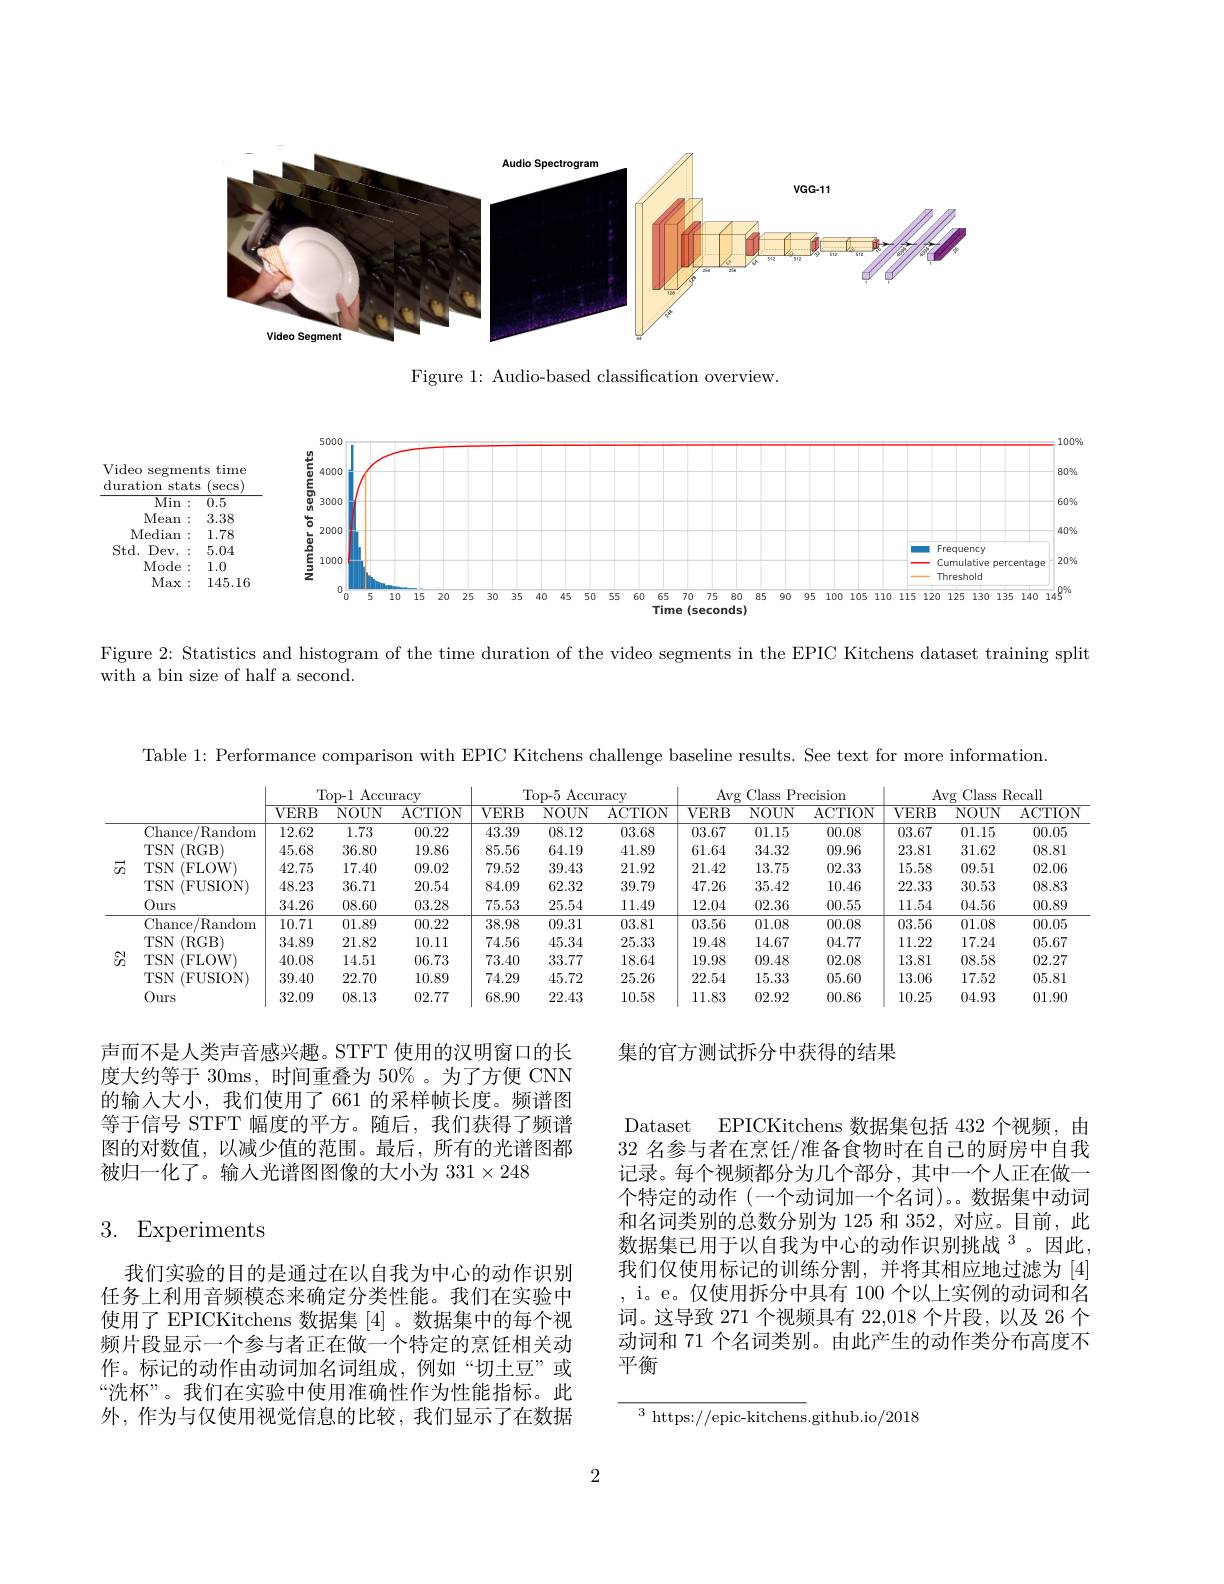
<FigureHere>

Figure 1: Audio-based classification overview.

<FigureHere>

Figure 2: Statistics and histogram of the time duration of the video segments in the EPIC Kitchens dataset training split

with a bin size of half a second.

Table 1: Performance comparison with EPIC Kitchens challenge baseline results. See text for more information.

<table>
	<tbody>
		<tr>
			<th> </th>
			<th> </th>
			<th colspan="3">Top- 1 $\operatorname{Accuracy}$</th>
			<th colspan="2">Top- 5 5 Accuracy</th>
			<th>$Av$</th>
			<th colspan="2">Avg Class Precision</th>
			<th colspan="3">Avg Class Recall</th>
		</tr>
		<tr>
			<th> </th>
			<th> </th>
			<th>$\overline{VERB}$</th>
			<th>NOUN</th>
			<th>CTION</th>
			<th>$B$ $\overline{\mathrm{NOU}}$</th>
			<th>ACTION</th>
			<th>$\overline{\mathrm{VERB}}$</th>
			<th>$\overline{\mathrm{NOUN}}$</th>
			<th>ACTION</th>
			<th>VERB</th>
			<th>$\overline{{\mathrm{NOUN}}}$</th>
			<th>ACTION</th>
		</tr>
		<tr>
			<td rowspan="5">$\vec{U}$</td>
			<td>Chance $/{\mathrm{Random}}$</td>
			<td>12.62</td>
			<td>1.73</td>
			<td>00.22</td>
			<td>9 08.1</td>
			<td>03.68</td>
			<td>03.67</td>
			<td>01.15</td>
			<td>00.08</td>
			<td>03.67</td>
			<td>01.15</td>
			<td>00.05</td>
		</tr>
		<tr>
			<td>$TSN$ $(\operatorname{RGB})$</td>
			<td>45.68</td>
			<td>36.80</td>
			<td>19.86</td>
			<td>64.1 6</td>
			<td>41.89</td>
			<td>61.64</td>
			<td>34.32</td>
			<td>09.96</td>
			<td>23.81</td>
			<td>31.62</td>
			<td>08.81</td>
		</tr>
		<tr>
			<td>$TSN$ (FLOW)</td>
			<td>42.75</td>
			<td>17.40</td>
			<td>0.02</td>
			<td>2 39.4</td>
			<td>21.92</td>
			<td>21.42</td>
			<td>13.75</td>
			<td>02.33</td>
			<td>15.58</td>
			<td>09.51</td>
			<td>02.06</td>
		</tr>
		<tr>
			<td>$TSN$ (FUSION)</td>
			<td>48.23</td>
			<td>36.71</td>
			<td>20.54</td>
			<td>62.3 9</td>
			<td>39.79</td>
			<td>47.26</td>
			<td>35.42</td>
			<td>10.46</td>
			<td>22.33</td>
			<td>30.53</td>
			<td>08.83</td>
		</tr>
		<tr>
			<td>Ours</td>
			<td>34.26</td>
			<td>08.60</td>
			<td>03.28</td>
			<td>3 25.5</td>
			<td>11.49</td>
			<td>12.04</td>
			<td>02.36</td>
			<td>00.55</td>
			<td>11.54</td>
			<td>04.56</td>
			<td>00.89</td>
		</tr>
		<tr>
			<td rowspan="5">$\Im_{\Omega}$</td>
			<td>Chance /Random</td>
			<td>10.71</td>
			<td>01.89</td>
			<td>00.22</td>
			<td>09.3 8</td>
			<td>03.81</td>
			<td>03.56</td>
			<td>01.08</td>
			<td>00.08</td>
			<td>03.56</td>
			<td>01.08</td>
			<td>00.05</td>
		</tr>
		<tr>
			<td>$TSN$ (RGB</td>
			<td>34.89</td>
			<td>21.82</td>
			<td>10.11</td>
			<td>45.3 6</td>
			<td>25.33</td>
			<td>19.48</td>
			<td>14.67</td>
			<td>04.77</td>
			<td>11.22</td>
			<td>17.24</td>
			<td>05.67</td>
		</tr>
		<tr>
			<td>$TSN$ (FLOW)</td>
			<td>40.08</td>
			<td>14.51</td>
			<td>06.73</td>
			<td>33.7 0</td>
			<td>18.64</td>
			<td>19.98</td>
			<td>09.48</td>
			<td>02.08</td>
			<td>13.81</td>
			<td>08.58</td>
			<td>02.27</td>
		</tr>
		<tr>
			<td>$TSN$ (FUSION)</td>
			<td>39.40</td>
			<td>22.70</td>
			<td>10.89</td>
			<td>9 45.7</td>
			<td>25.26</td>
			<td>22.54</td>
			<td>15.33</td>
			<td>05.60</td>
			<td>13.06</td>
			<td>17.52</td>
			<td>05.81</td>
		</tr>
		<tr>
			<td>Ours</td>
			<td>32.09</td>
			<td>08.13</td>
			<td>02.77</td>
			<td>22.4 0</td>
			<td>10.58</td>
			<td>11.83</td>
			<td>02.92</td>
			<td>00.86</td>
			<td>10.25</td>
			<td>04.93</td>
			<td>01.90</td>
		</tr>
	</tbody>
</table>

# 集的官方测试拆分中获得的结果

声而不是人类声音感兴趣。STFT 使用的汉明窗口的长度大约等于 30ms, 时间重叠为 50%。为了方便 CNN 的输入大小，我们使用了 661 的采样帧长度。频谱图等于信号 STFT 幅度的平方。随后，我们获得了频谱图的对数值，以减少值的范围。最后，所有的光谱图都被归一化了。输人光谱图图像的大小为$331\times248$

# 3. Experiments

Dataset EPICKitchens 数据集包括 432 个视频，由32 名参与者在烹饪/准备食物时在自己的厨房中自我记录。每个视频都分为几个部分，其中一个人正在做一个特定的动作 (一个动词加一个名词)。。数据集中动词和名词类别的总数分别为 125 和 352, 对应。目前，此数据集已用于以自我为中心的动作识别挑战$^{3}$。因此， 我们仅使用标记的训练分割，并将其相应地过滤为[4] , i。e。仅使用拆分中具有 100 个以上实例的动词和名词。这导致 271 个视频具有 22,018 个片段，以及 26 个动词和 71 个名词类别。由此产生的动作类分布高度不平衡

我们实验的目的是通过在以自我为中心的动作识别任务上利用音频模态来确定分类性能。我们在实验中使用了 EPICKitchens 数据集[4] 。数据集中的每个视频片段显示一个参与者正在做一个特定的烹饪相关动作。标记的动作由动词加名词组成，例如“切土豆”或“洗杯”。我们在实验中使用准确性作为性能指标。此外，作为与仅使用视觉信息的比较，我们显示了在数据

$^{3}{\mathrm{~https://epic-kitchens.github.io/2018}}$

2